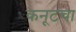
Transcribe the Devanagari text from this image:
कनूटचा